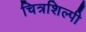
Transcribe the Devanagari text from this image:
चित्रशिल्पी